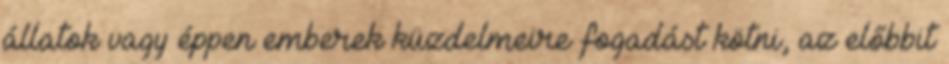
állatok vagy éppen emberek küzdelmeire fogadást kötni, az előbbit